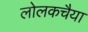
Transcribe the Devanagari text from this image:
लोलकचैया